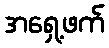
အရှေ့ဖက်